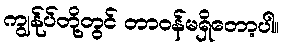
ကျွန်ုပ်တို့တွင် တာဝန်မရှိတော့ပါ။